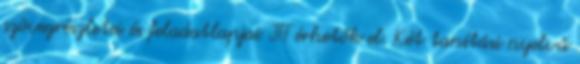
szövegrészletei és feladatlapjai ITT érhetők el. Két tanítási nyelvű